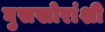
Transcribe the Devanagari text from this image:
घुसखोरांशी